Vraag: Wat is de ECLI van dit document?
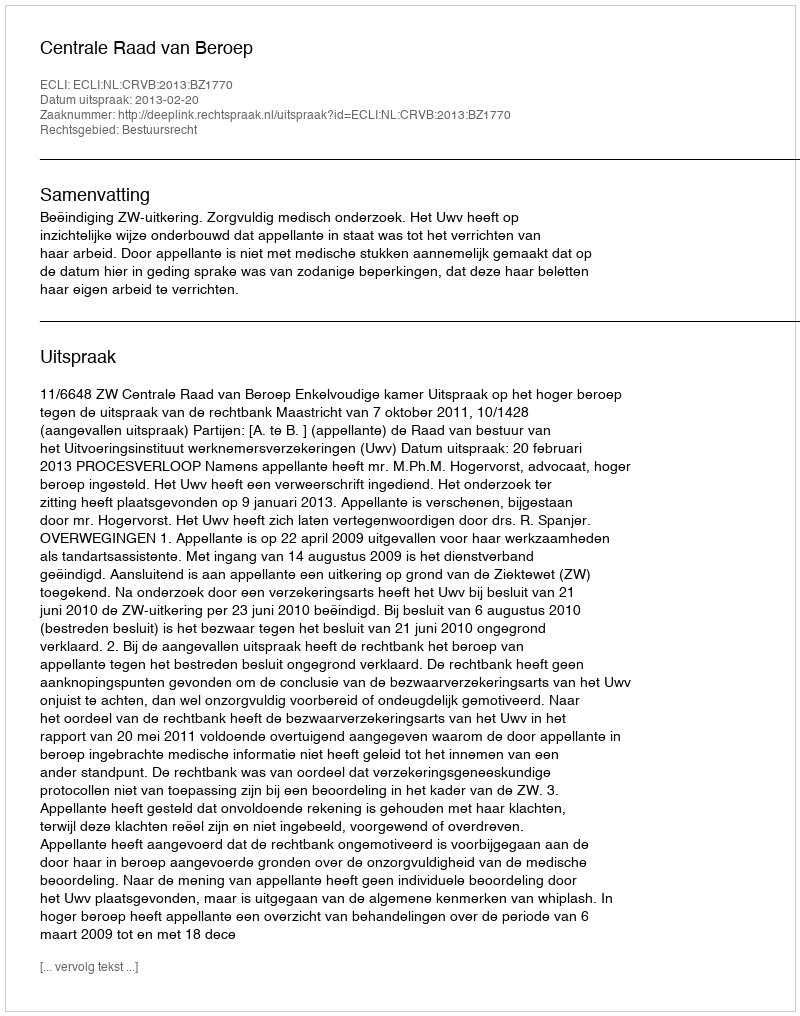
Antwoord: ECLI:NL:CRVB:2013:BZ1770